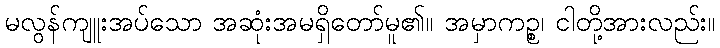
မလွန်ကျူးအပ်သော အဆုံးအမရှိတော်မူ၏။ အမှာကဉ္စ၊ ငါတို့အားလည်း။